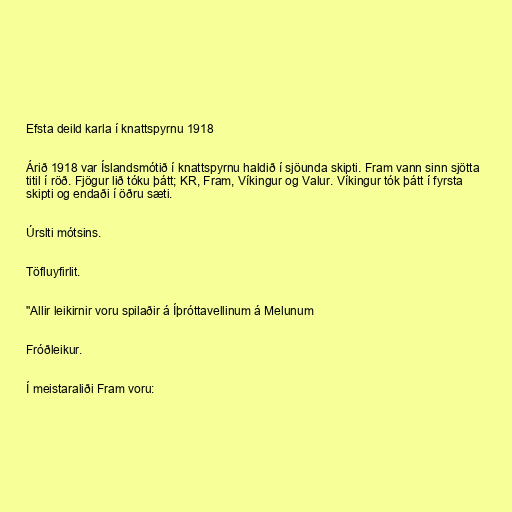
Efsta deild karla í knattspyrnu 1918

Árið 1918 var Íslandsmótið í knattspyrnu haldið í sjöunda skipti. Fram vann sinn sjötta
titil í röð. Fjögur lið tóku þátt; KR, Fram, Víkingur og Valur. Víkingur tók þátt í fyrsta
skipti og endaði í öðru sæti.

Úrslti mótsins.

Töfluyfirlit.

"Allir leikirnir voru spilaðir á Íþróttavellinum á Melunum

Fróðleikur.

Í meistaraliði Fram voru: